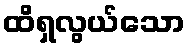
ထိရှလွယ်သော